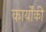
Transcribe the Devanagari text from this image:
कार्योंकी